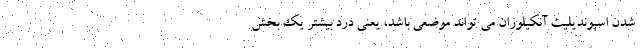
شدن اسپوندیلیت آنکیلوزان می تواند موضعی باشد، یعنی درد بیشتر یک بخش